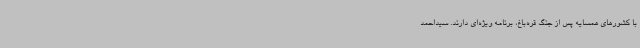
با کشورهای همسایه پس از جنگ قره‌باغ، برنامه ویژه‌ای دارند. سیداحمد